Annual report of the Civil Veterinary Department, Bengal, for the year 1897-98 - 1897-1898
Year: 1897
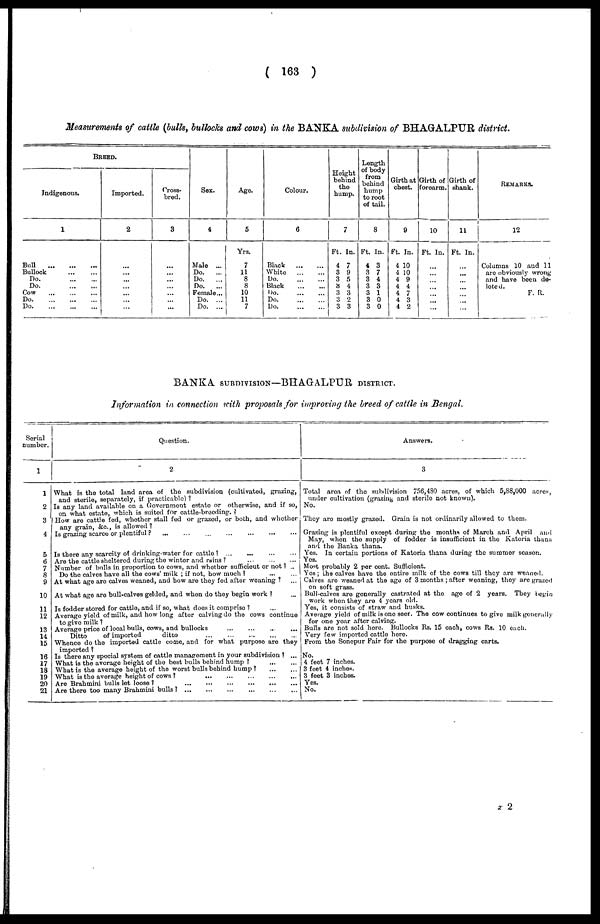
( 163 )
Measurements of cattle (bulls, bullocks and cows) in the BANKA subdivision of BHAGALPUR district.
BREED.
Indigenous.
1
Bull
Bullock
Do.
Do.
Cow
Do
Do
Imported.
2
...
...
...
...
...
...
...
Cross-
bred.
3
...
...
...
...
...
...
...
Sex.
4
Male ... |
Do.
...
Do.
...
Do.
...
Female...
Do. ...
Do. ...
Age.
5
Yrs.
7
11
8
8
10
11
7
Colour.
6
Black
...
...
White
...
...
Do
Black
Do
Do
Do
Height
behind
the
hump.
7
Ft. In.
4 7
3 9
3 5
3 4
3 3
3 2
3 3
Length
of body
from
behind
hump
to root
of tail.
8
Ft. In.
4 3
3 7
3 4
3 3
3 1
3 0
3 0
Girth at
chest.
9
Ft. In.
4 10
4 10
4 9
4 4
4 7
4 3
4 2
Girth of
forearm.
10
Ft. In.
...
...
...
...
...
...
...
Girth of
shank.
11
Ft. In.
...
...
...
...
...
...
...
REMARKS.
12
Columns 10 and 11
are obviously wrong
and have been de-
lated.
F. R.
BANKA SUBDIVISION—BHAGALPUR DISTRICT.
Information in connection with proposals for improving the breed of cattle in Bengal.
Serial
number.
1
1
2
3
4
5
6
7
8
9
10
11
12
13
14
15
16
17
18
19
20
21
Question.
2
What is the total land area of the subdivision (cultivated, grazing,
and sterile, separately, if practicable) ?
Is any land available on a Government estate or otherwise, and if so,
on what estate, which is suited for cattle-breeding. ?
How are cattle fed, whether stall fed or grazed, or both, and whether
any grain, &c., is allowed?
Is grazing scarce or plentiful ?
... ... ...
Is grazing scarce or plentiful ? ... ... ... ...
Is there any scarcity of drinking-water for cattle ?
...
...
...
...
Are the cattle sheltered during the winter and rains?
... ... ...
Number of bulls in proportion to cows, and whether sufficiout or not? ...
Do the calves have all the cows' milk ; if not, bow much ? ... ...
At what age are calves weaned, and how are they fed after weaning ? ...
At what age are bull-calves gelded, and when do they begin work ? ...
Is fodder stored for cattle, and if so, what does it comprise ? ...
Average yield of milk, and how long after calving do the cows continue
to give milk?
Average price of local bulls, cows, and bullocks
Ditto
of imported
ditto
Whence do the imported cattle come, and for what purpose are they
imported ?
Is there any special system of cattle management in your subdivision ? ...
What is the average height of the best bulls behind hump ?
...
...
What is the average height of the worst bulls behind hump?
...
...
What is the average height of cows ?
...
...
...
...
...
...
Are Brahmini bulls lot loose ?
...
...
...
...
...
...
Are there too many Brahmini bulls?
...
...
...
...
...
...
Answers.
3
Total area of the subdivision 756,480 acres, of which 5,88,000 acres,
under cultivation (grazing and sterile not known).
No.
They are mostly grazed. Grain is not ordinarily allowed to them.
Grazing is plentiful except during the months of March and April and
May, when the supply of fodder is insufficient in the Katoria thana
and the Banka thana.
Yes. In certain portions of Katoria thana during the summer season.
Yes.
Most probably 2 per cent. Sufficient.
Yes; the calves have the entire milk of the cows till they are weaned.
Calves are weaned at the age of 3 months ; after weaning, they are grazed
on soft grass.
Bull-calves are generally castrated at the age of 2 years. They begin
work when they are 4 years old.
Yes, it consists of straw and husks.
Average yield of milk is one seer. The cow continues to give milk generally
for one year after calving.
Bulls are not sold here. Bullocks Rs. 15 each, cows Its. 10 each.
Very few imported cattle here.
From the Sonepur Fair for the purpose of dragging carts.
No.
4 feet 7 inches.
3 feet 4 inches.
3 feet 3 inches.
Yes.
No.
x 2